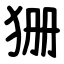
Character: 㹪